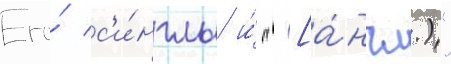
Его́ с'и́нглы и́ "([а́нгл.)"